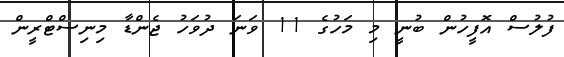
ފުލުސް އޮފީހުން ބުނީ މި މަހުގެ 11 ވަނަ ދުވަހު ޖެންޑާ މިނިސްޓްރީން